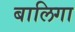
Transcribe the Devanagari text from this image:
बालिगा